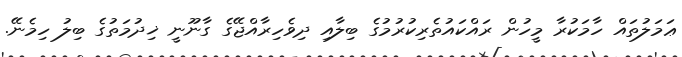
ޢަމަލުތައް ހާމަކުރާ މީހުން ރައްކައުތެރިކުރުމުގެ ބިލާއި ދިވެހިރާއްޖޭގެ ގާނޫނީ ޚިދުމަތުގެ ބިލު ހިމެނޭ.